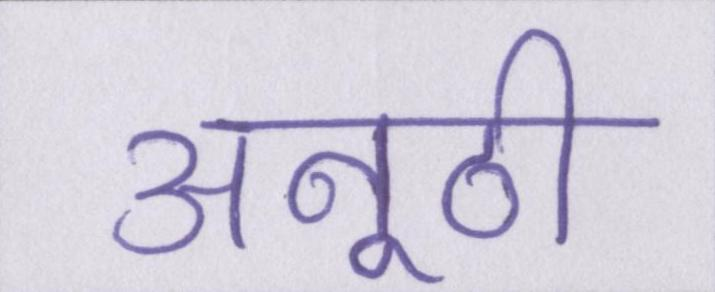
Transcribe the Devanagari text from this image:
अनूठी